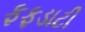
ફફડાટી